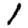
Digit: 1